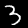
Digit: 3